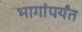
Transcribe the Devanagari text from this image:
भागांपर्यंत